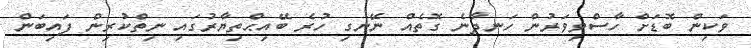
ވަކިން ބޮޑަށް ހާސްވިވަރުން ހަނދާނެ ގޮތެއް ނޭނގި ހުރެ ބޭއިޙްތިޔާރުގައި ނިތްކުރިން ފައިބަން